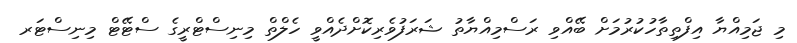
މި ޖަމިއްޔާ އިފްތިތާހުކުރުމަށް ބޭއްވި ރަސްމިއްޔާތު ޝަރަފުވެރިކޮށްދެއްވީ ހެލްތް މިނިސްޓްރީގެ ސްޓޭޓް މިނިސްޓަރ